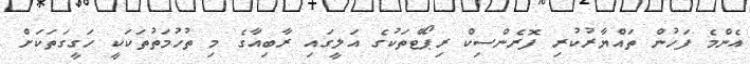
އެންމެ ފަހުން ތައްޔާރުކުރި ފޮރެންސިކް ރިޕޯޓްތަކުގެ އަލީގައި ރާބިއާގެ މި ތުހުމަތުތަކަކީ ހަގީގަތަކަށް